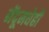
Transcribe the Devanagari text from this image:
मेंदूमधेही